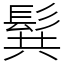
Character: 髸